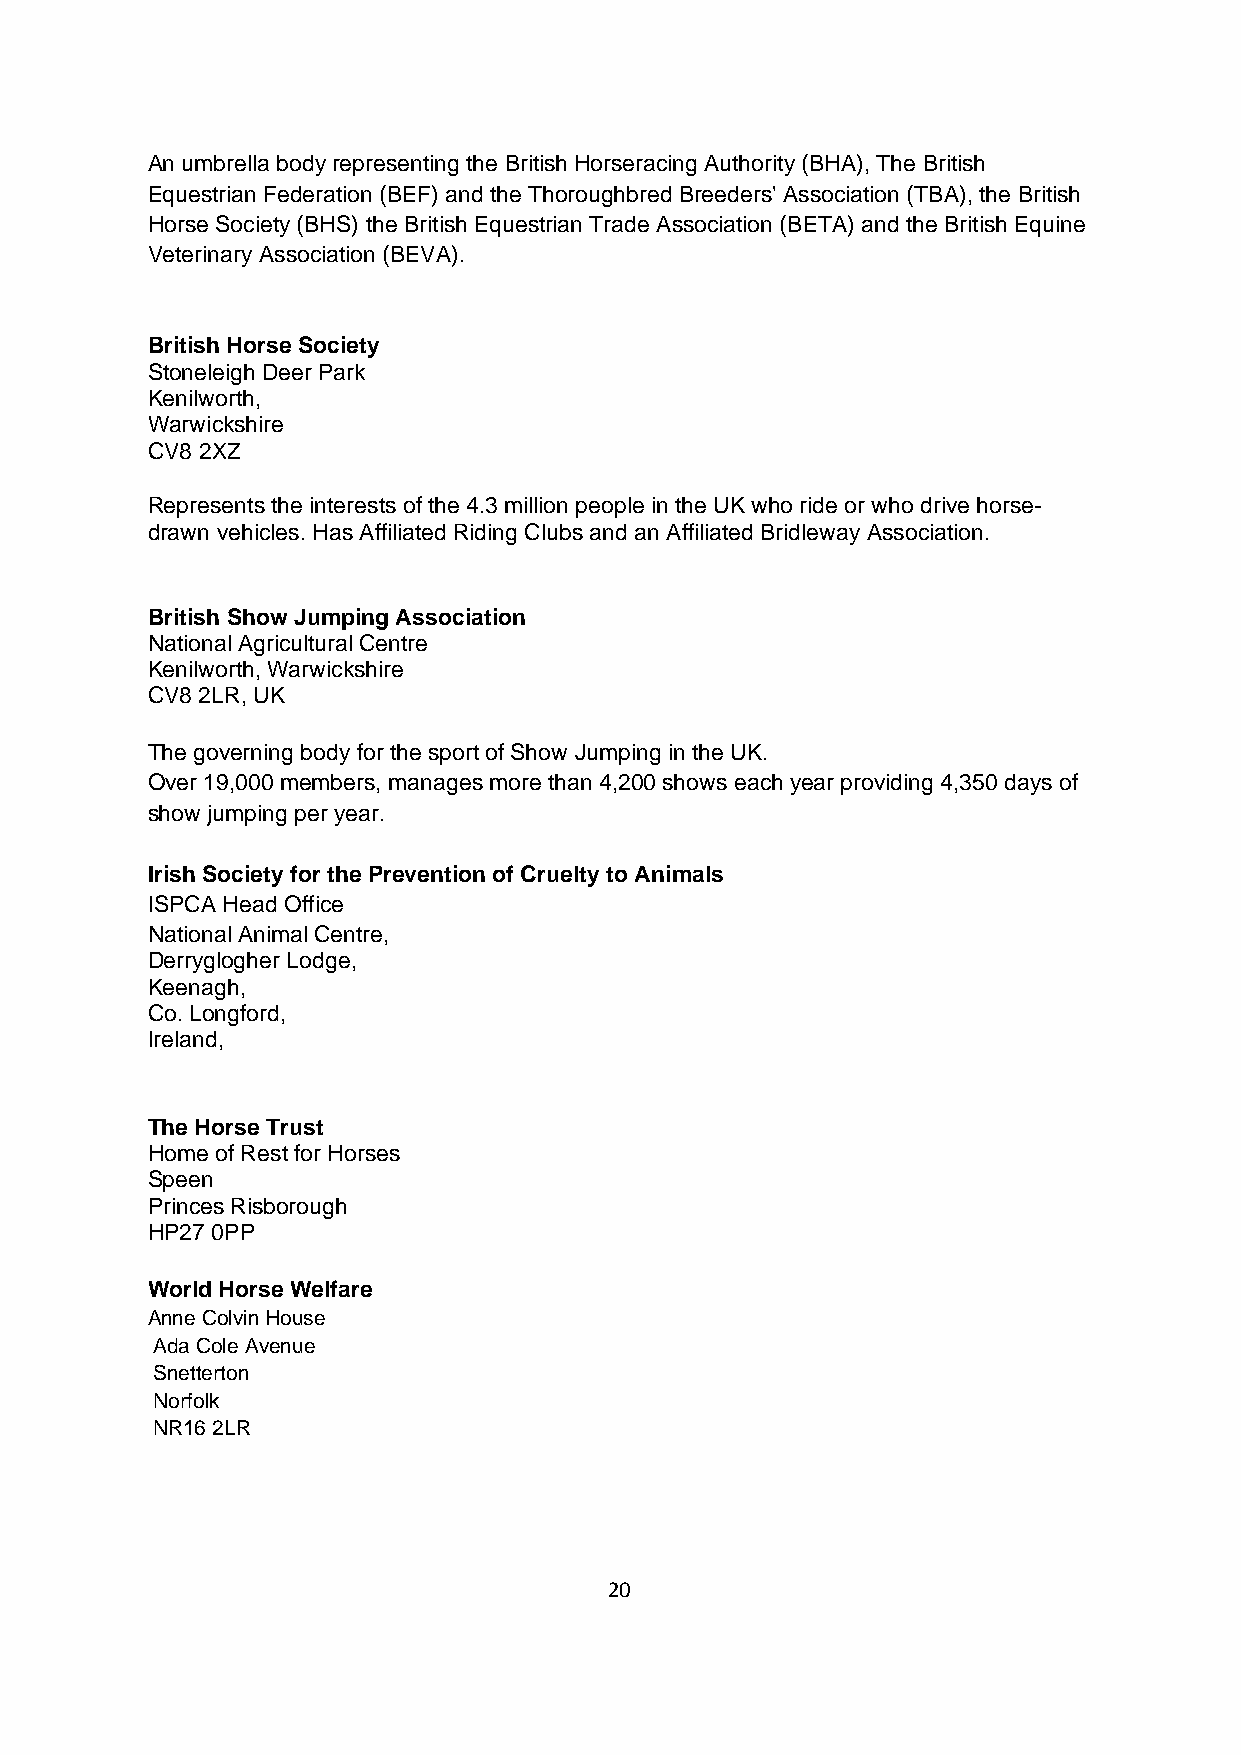
An umbrella body representing the British Horseracing Authority (BHA), The British
 Equestrian Federation (BEF) and the Thoroughbred Breeders' Association (TBA), the British
 Horse Society (BHS) the British Equestrian Trade Association (BETA) and the British Equine
 Veterinary Association (BEVA).
 British Horse Society
 Stoneleigh Deer Park
 Kenilworth,
 Warwickshire
 CV8 2XZ
 Represents the interests of the 4.3 million people in the UK who ride or who drive horse-
 drawn vehicles. Has Affiliated Riding Clubs and an Affiliated Bridleway Association.
 British Show Jumping Association
 National Agricultural Centre
 Kenilworth, Warwickshire
 CV8 2LR, UK
 The governing body for the sport of Show Jumping in the UK.
 Over 19,000 members, manages more than 4,200 shows each year providing 4,350 days of
 show jumping per year.
 Irish Society for the Prevention of Cruelty to Animals
 ISPCA Head Office
 National Animal Centre,
 Derryglogher Lodge,
 Keenagh,
 Co. Longford,
 Ireland,
 The Horse Trust
 Home of Rest for Horses
 Speen
 Princes Risborough
 HP27 0PP
 World Horse Welfare
 Anne Colvin House
 Ada Cole Avenue
 Snetterton
 Norfolk
 NR16 2LR
 20